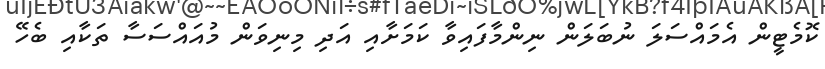
ކޮމެޓީން އެމައްސަލަ ނުބަލަން ނިންމާފައިވާ ކަމަށާއި އަދި މިނިވަން މުއައްސަސާ ތަކާއި ބެހޭ